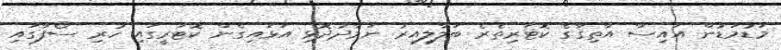
މަޑުމަޑުން އައިސް އާތިޤާގެ ކޮޓަރިތެރެ ބަލާލިއިރު ނަމާދުދޮޅި އަޅައިގެން ކޮޓަރީގައި ހުރި ސޯފާގައި